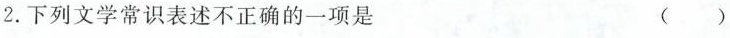
2.下列文学常识表述不正确的一项是 ( )